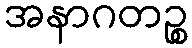
အနာဂတဉ္စ